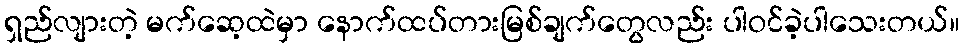
ရှည်လျားတဲ့ မက်ဆေ့ထဲမှာ နောက်ထပ်တားမြစ်ချက်တွေလည်း ပါဝင်ခဲ့ပါသေးတယ်။